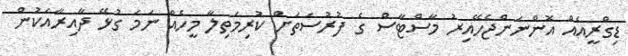
ޑިގްރީއެއް އޮންނަންޖެހޭއިރު މާސްޓާސް ގެ ފުރުސަތަށް ކުރިމަތިލާ މީހެއް ނަމަ ގުޅޭ ދާއިރާއަކުން